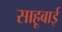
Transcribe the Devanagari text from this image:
साहूबाई